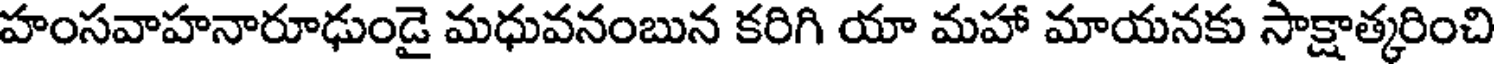
హంసవాహనారూఢుండై మధువనంబున కరిగి యా మహా మాయనకు సాక్షాత్కరించి